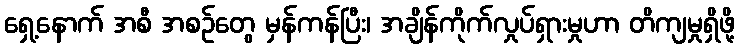
ရှေ့နောက် အစီ အစဉ်တွေ မှန်ကန်ပြီး၊ အချိန်ကိုက်လှုပ်ရှားမှုဟာ တိကျမှုရှိဖို့